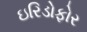
ઇરિડોફોર